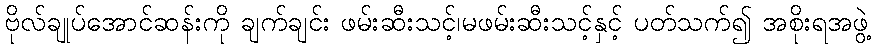
ဗိုလ်ချုပ်အောင်ဆန်းကို ချက်ချင်း ဖမ်းဆီးသင့်၊မဖမ်းဆီးသင့်နှင့် ပတ်သက်၍ အစိုးရအဖွဲ့